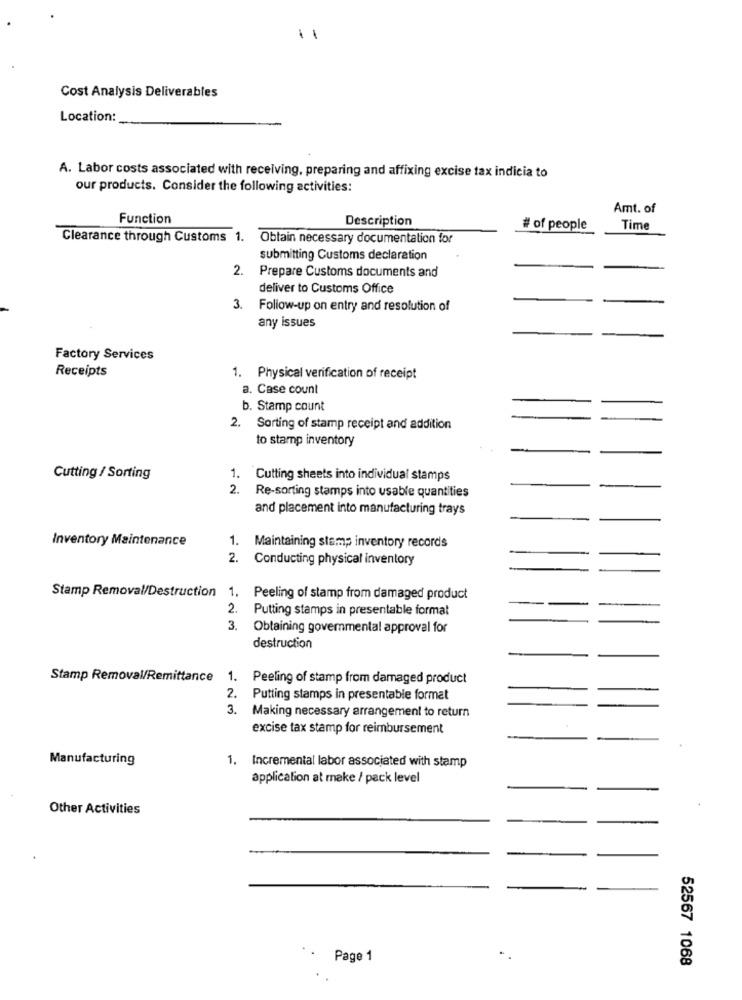
-
Cost Analysis Deliverables
Location:
A. Labor costs associated with receiving, preparing and affixing excise tax indicia to
our products. Consider the following activities:
Amt. of
Function
Description
# of people
Time
Clearance through Customs 1. Obtain necessary documentation for
submitting Customs declaration
2.
Prepare Customs documents and
deliver to Customs Office
3. Follow-up on entry and resolution of
any issues
Factory Services
Receipts
1. Physical verification of receipt
a. Case count
b. Stamp count
2. Sorting of stamp receipt and addition
to stamp inventory
Cutting / Sorting
1. Cutting sheets into individual stamps
2. Re-sorting stamps into usable quantities
and placement into manufacturing trays
Inventory Maintenance
1. Maintaining stamp inventory records
2. Conducting physical inventory
Stamp Removal/Destruction 1, Peeling of stamp from damaged product
2. Putting stamps in presentable format
. Obtaining governmental approval for
destruction
Stamp Removal/Remittance 1. Peeling of stamp from damaged product
2.
Putting stamps in presentable format
3.
Making necessary arrangement to return
excise tax stamp for reimbursement
Manufacturing
1.
Incremental labor associated with stamp
application at make / pack level
Other Activities
Page 1
52567 1068